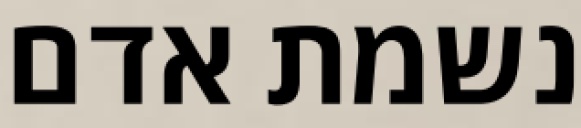
נשמת אדם